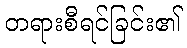
တရားစီရင်ခြင်း၏